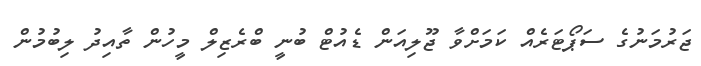
ޖަރުމަނުގެ ސަޕޯޓަރެއް ކަމަށްވާ ޖޫލިއަން ޑެއުޓް ބުނީ ބްރެޒިލް މީހުން ތާއިދު ލިބުމުން